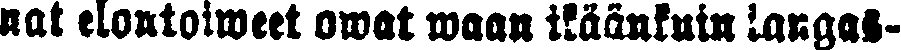
nat elontoiweet owat waan ikäänkuin langas-